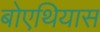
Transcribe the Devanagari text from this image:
बोएथियास